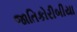
જાતિકોરીબીયા